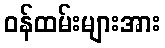
ဝန်ထမ်းများအား